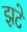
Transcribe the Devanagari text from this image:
झटे